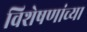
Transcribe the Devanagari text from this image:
विशेषणांच्या